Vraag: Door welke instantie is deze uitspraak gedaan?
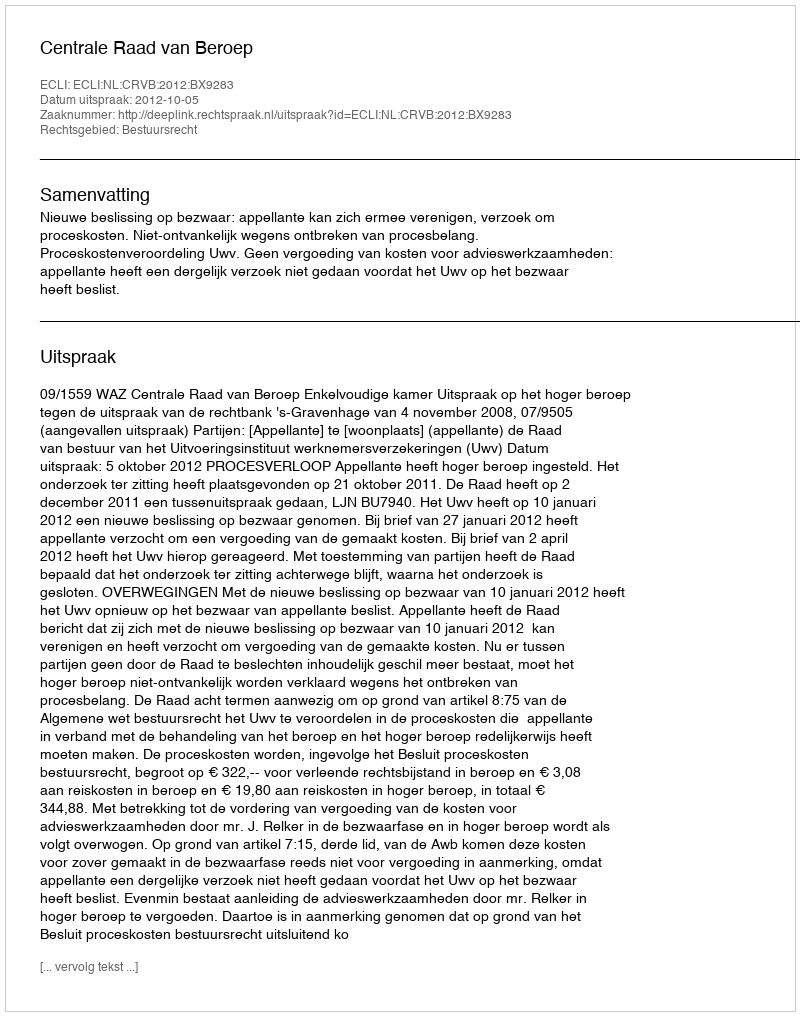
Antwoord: Centrale Raad van Beroep